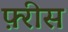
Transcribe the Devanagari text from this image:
फ़्रीस